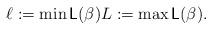
LaTeX: \begin{align*} \ell := \min \mathsf{L(\beta)} L := \max \mathsf{L(\beta)}. \end{align*}